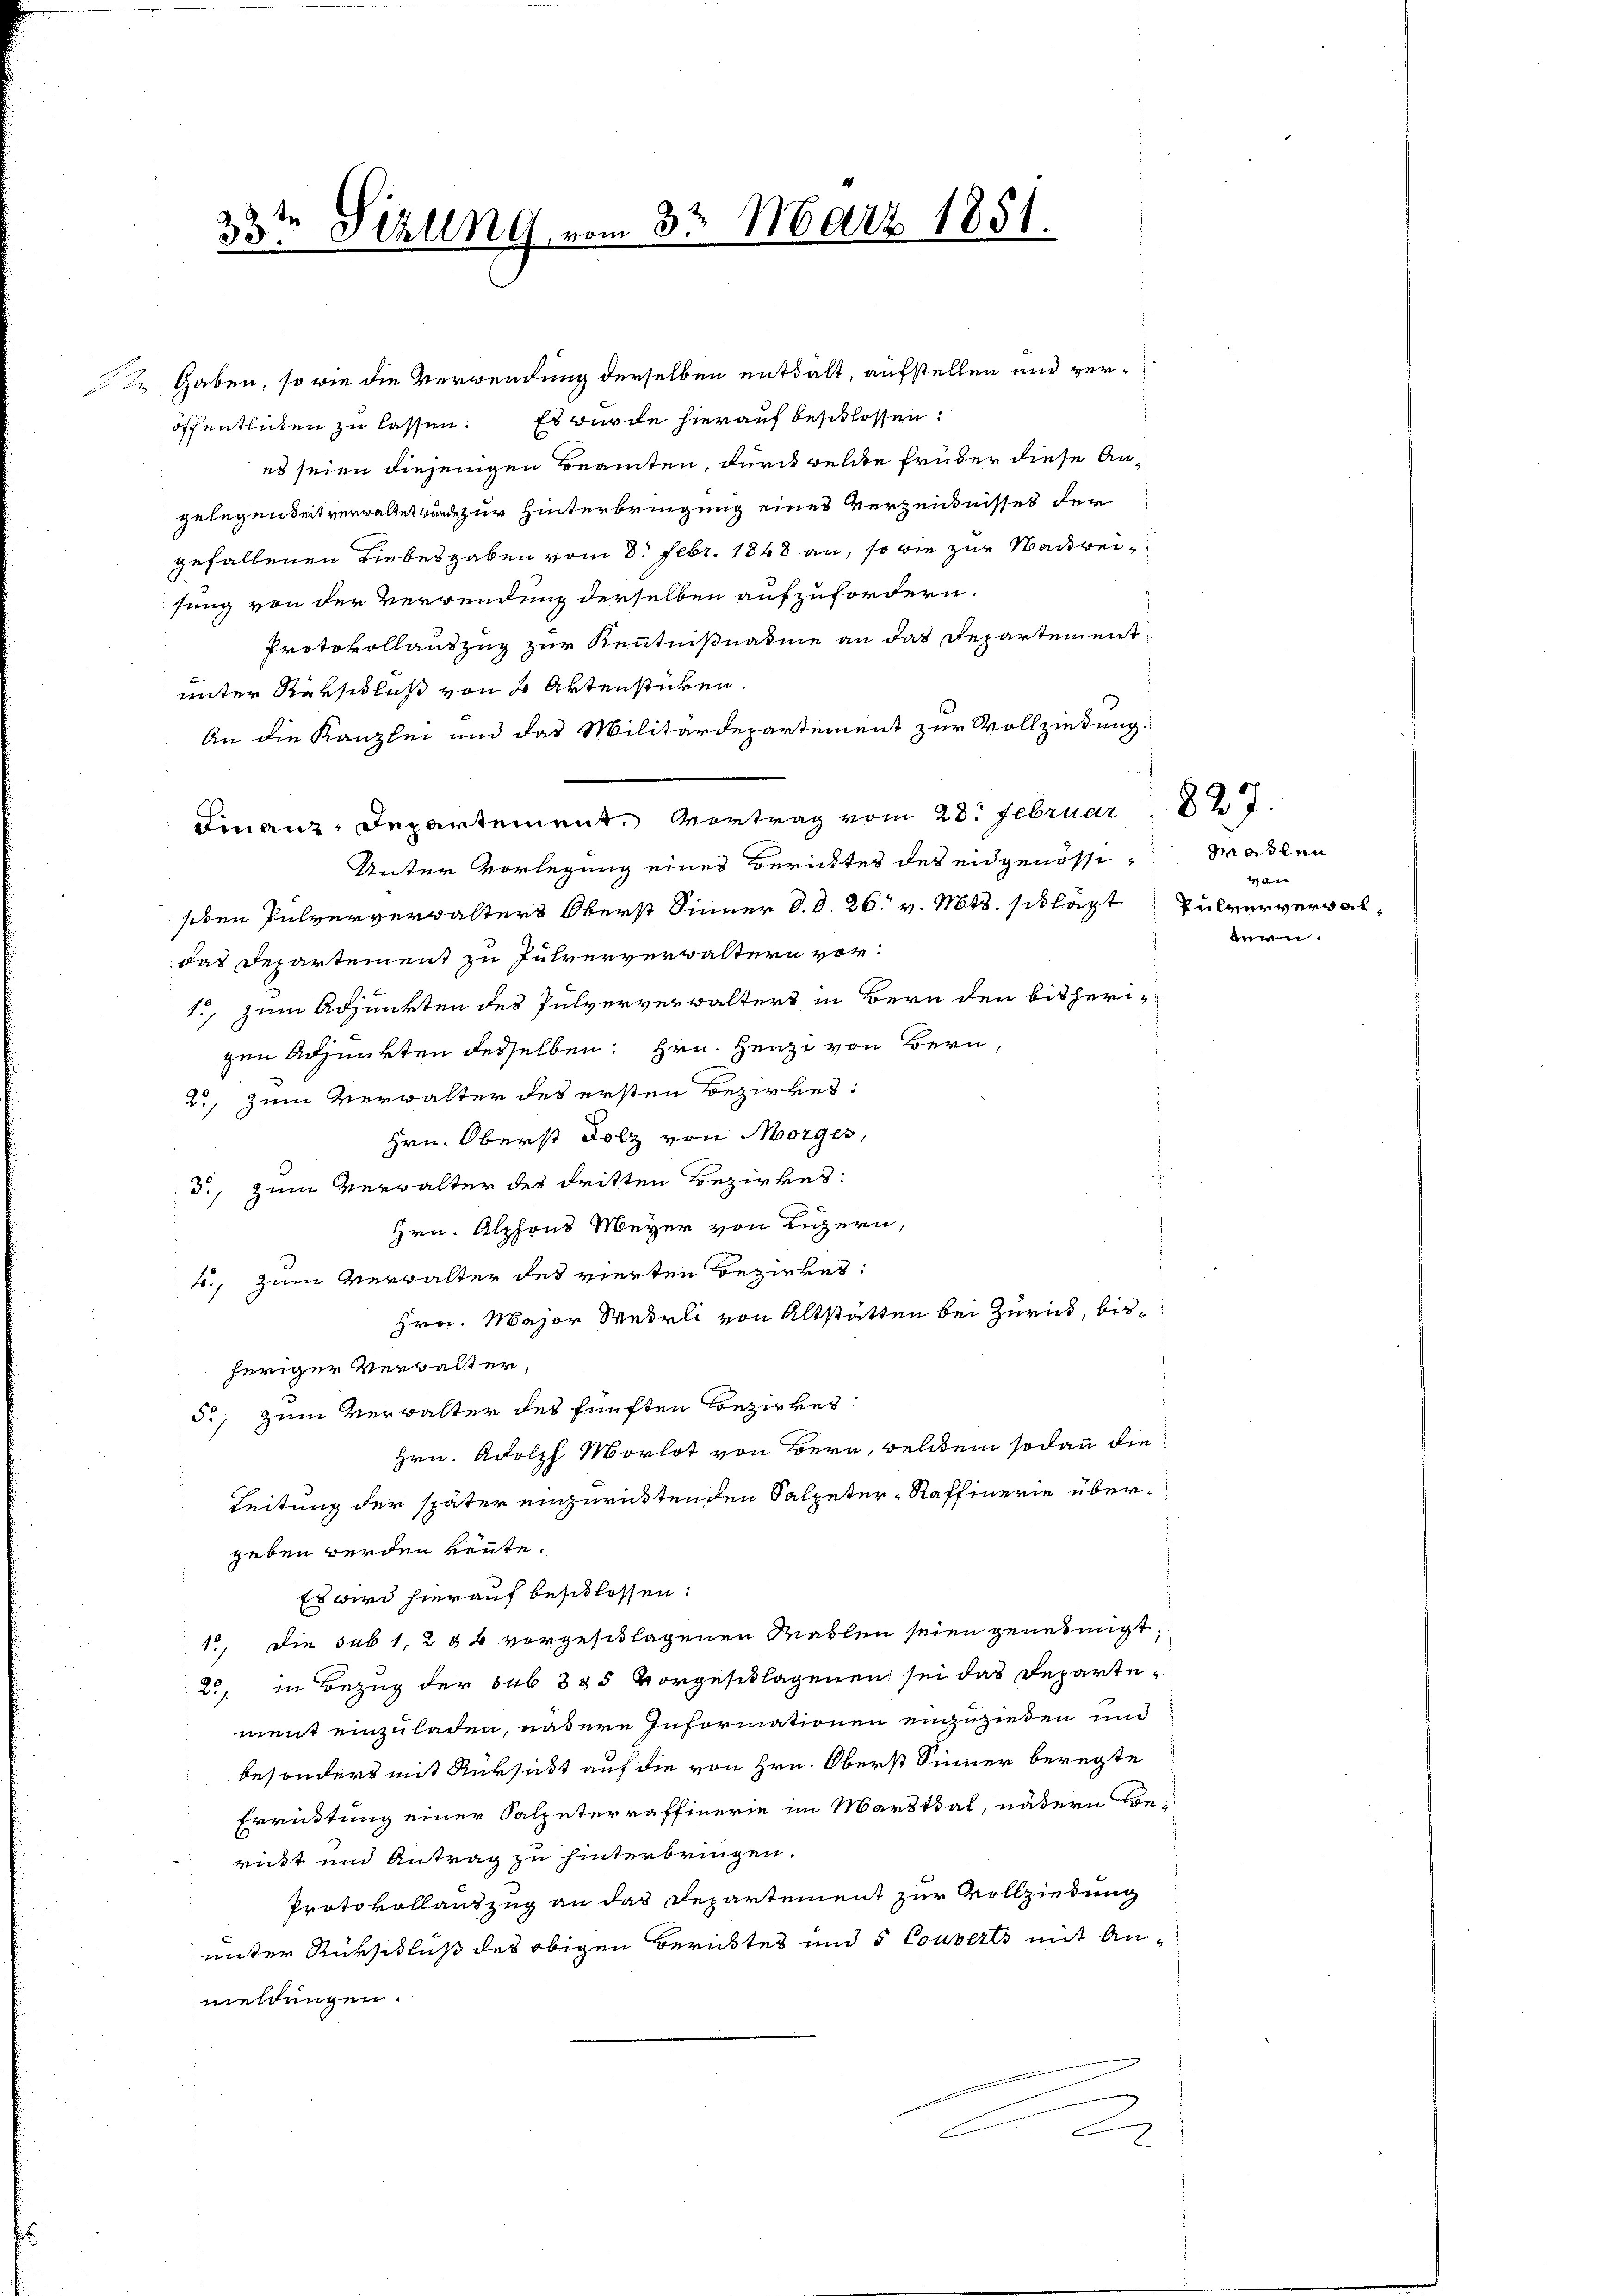
23ten Sizung vom 32. März 1851.
J S.

Gaben, so wie die Verwendung derselben entdalt, aufstellen und veröffentlichen zu lassen. Es wurde hierauf beschlossen:
es seien diejenigen Beamten, durch welche früher diese Angelegenseit verwaltet wurde zur Hinterbringung eines Verzeichnisses der
gefallenen Liebesgaben vom 8. Febr. 1848 an, so wie zur Nackweifung von der Verwendung derselben aufzufordern.
Protokollauszug zur Kenntnißnahme an das Departementunter Rükschluß von 2 Aktenstücken.
An die Kanzlei und das Militärdepartement zur Vollziedung:
Finanz-Departement. Vortrag vom 28. Februar 1827.
Unter Vorlegung eines Berichtes des eidgenössi-
seben Pulververwalters Oberst Sinner d. d. 26. v. Mts. schlägt Pulververwaldas Departement zu Pulververwaltern vor.
1., zum Adjunkten des Pulververwalters in Bern den bisherigen Adjunkten desselben: Hrn. Henzi von Bern,
2., zum Verwalter des ersten Bezirkes:
Hrn. Oberst Dolz von Morges,
d., zum Verwalter des dritten Bezirkes:
Hrn. Alphons Meyer von Ligern,
4., zum Verwalter des vierten Bezirkes:
Hrn. Major Wehrli von Altstätten bei Zurück, bisheriger Verwalter,
5., zum Verwalter des fünften Bezirkes:
Hrn. Adolph Morlot von Bern, welchem sodann die
Leitung der später einzurücktenden Salpeter- Raffinerie übergeben werden könnte.
Es wird hierauf beschlossen:
1., die sub 1, 2 § 6 vorgeschlagenen Mahlen seien genehmigt,
25, in Bezug der sub 335 vorgeschlagenen sei das Departe-
ment einzuladen, nähere Informationen einzuziehen und
besonders mit Rüksicht auf die von Hrn. Oberst Sinner beregte
Errüttung einer Salpeterraffinerie im Marktsal, nähern Berickt und Antrag zu hinterbringen.
Protokollauszug an das Departement zur Vollziedung
unter Rürschluß des obigen Berüktes und 5 Couverts mit Anmeldungen.
C

Madlen
4

ern